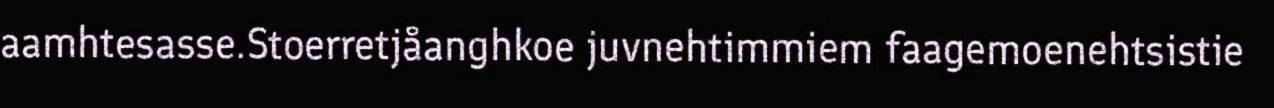
aamhtesasse.Stoerretjåanghkoe juvnehtimmiem faagemoenehtsistie